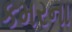
કમરના